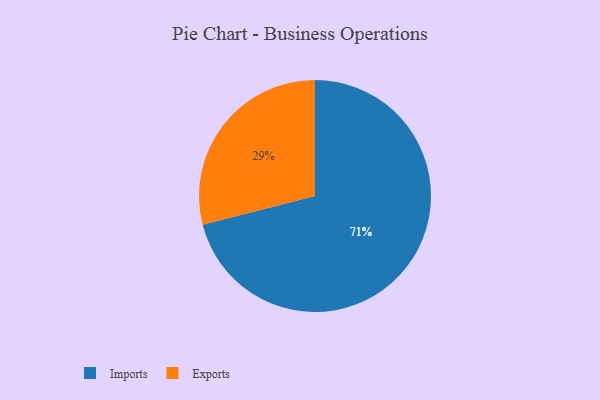
{"axis": {"x": "Category", "y": "Percentage"}, "legend": ["Exports", "Imports"], "data": [{"x": "Exports", "y": 29, "type": "Exports"}, {"x": "Imports", "y": 71, "type": "Imports"}]}